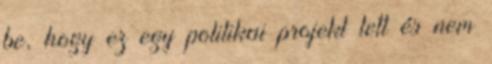
be, hogy ez egy politikai projekt lett és nem